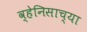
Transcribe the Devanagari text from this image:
व्हेनिसाच्या